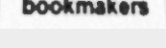
bookmakers